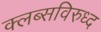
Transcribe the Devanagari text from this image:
क्लब्सविरुध्द